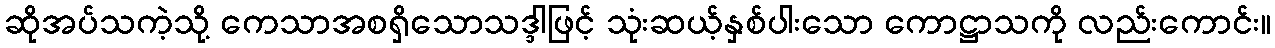
ဆိုအပ်သကဲ့သို့ ကေသာအစရှိသောသဒ္ဒါဖြင့် သုံးဆယ့်နှစ်ပါးသော ကောဋ္ဌာသကို လည်းကောင်း။